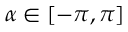
\alpha \in [ - \pi , \pi ]